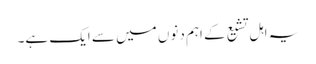
یہ اہل تشیع کے اہم دنوں میں سے ایک ہے۔